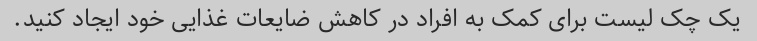
یک چک لیست برای کمک به افراد در کاهش ضایعات غذایی خود ایجاد کنید.